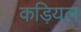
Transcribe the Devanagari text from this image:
कड़ियल